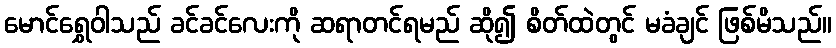
မောင်ရွှေဝါသည် ခင်ခင်လေးကို ဆရာတင်ရမည် ဆို၍ စိတ်ထဲတွင် မခံချင် ဖြစ်မိသည်။